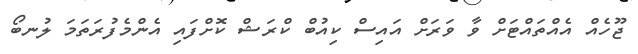
ޖޫހެއް އެއްތައްޓަށް ވާ ވަރަށް އައިސް ކިއުބް ކްރަޝް ކޮށްފައި އެންމެފުރަތަމަ ލުނބޯ